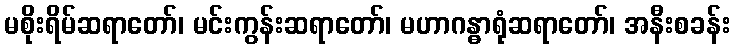
မစိုးရိမ်ဆရာတော်၊ မင်းကွန်းဆရာတော်၊ မဟာဂန္ဓာရုံဆရာတော်၊ အနီးစခန်း